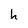
Character: h